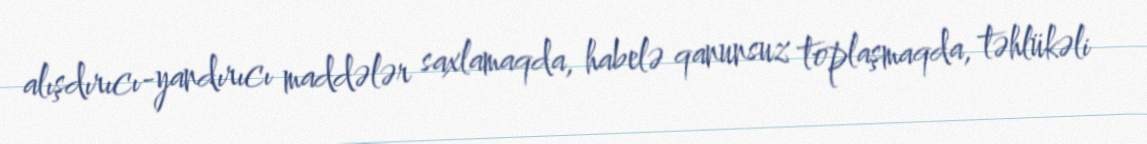
alışdırıcı-yandırıcı maddələr saxlamaqda, habelə qanunsuz toplaşmaqda, təhlükəli